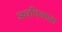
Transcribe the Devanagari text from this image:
अवधिवाला